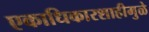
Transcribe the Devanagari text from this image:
एकाधिकारशाहीमुळे